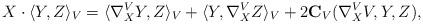
LaTeX: \begin{align*}X\cdot \langle Y,Z\rangle_V=\langle \nabla^V_XY,Z\rangle_V+\langle Y,\nabla^V_XZ\rangle_V+2{\bf C}_V(\nabla^V_XV,Y,Z),\end{align*}